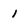
Character: 1